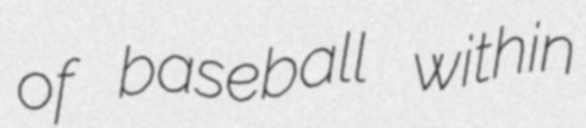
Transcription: of baseball within